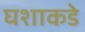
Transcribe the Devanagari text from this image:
घशाकडे